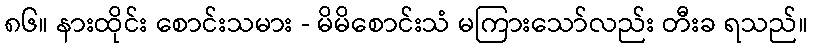
၈၆။ နားထိုင်း စောင်းသမား - မိမိစောင်းသံ မကြားသော်လည်း တီးခ ရသည်။